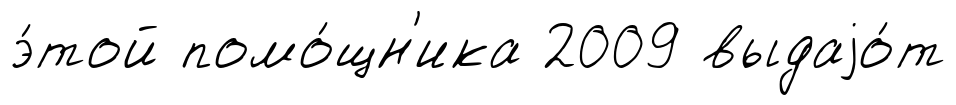
э́той помо́щн'ика 2009 выдаjо́т